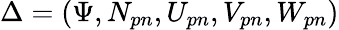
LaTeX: \Delta=(\Psi,N_{pn},U_{pn},V_{pn},W_{pn})